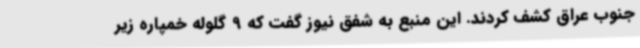
جنوب عراق کشف کردند. این منبع به شفق نیوز گفت که 9 گلوله خمپاره زیر